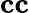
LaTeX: \mathbf{cc}